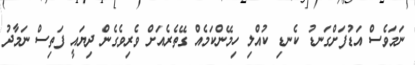
ނަމަވެސް އަޑުފަށްގަނޑު ކެނޑި ކުއްލި ހިމޭންކަމެއް ގޭތެރެއަށް ވެރިވެގެން ދިޔައީ ފަތިސް ނަމާދު